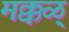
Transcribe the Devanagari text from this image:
मक्कळ्